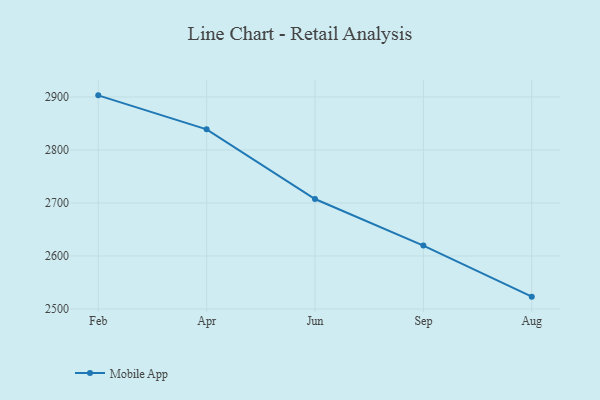
{"axis": {"x": "Month", "y": "Inventory Turnover"}, "legend": ["Mobile App"], "data": [{"x": "Feb", "y": 2903.0, "type": "Mobile App"}, {"x": "Apr", "y": 2838.9, "type": "Mobile App"}, {"x": "Jun", "y": 2707.4, "type": "Mobile App"}, {"x": "Sep", "y": 2619.6, "type": "Mobile App"}, {"x": "Aug", "y": 2523.2, "type": "Mobile App"}]}